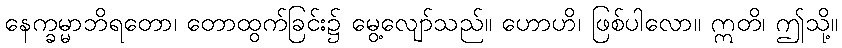
နေက္ခမ္မာဘိရတော၊ တောထွက်ခြင်း၌ မွေ့လျော်သည်။ ဟောဟိ၊ ဖြစ်ပါလော။ ဣတိ၊ ဤသို့။